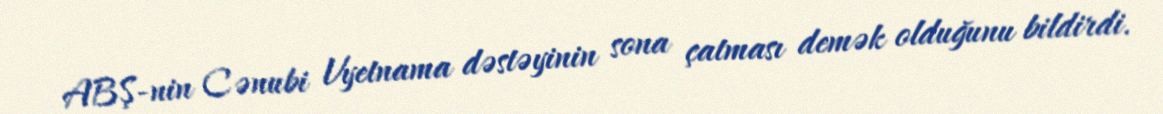
ABŞ-nin Cənubi Vyetnama dəstəyinin sona çatması demək olduğunu bildirdi.